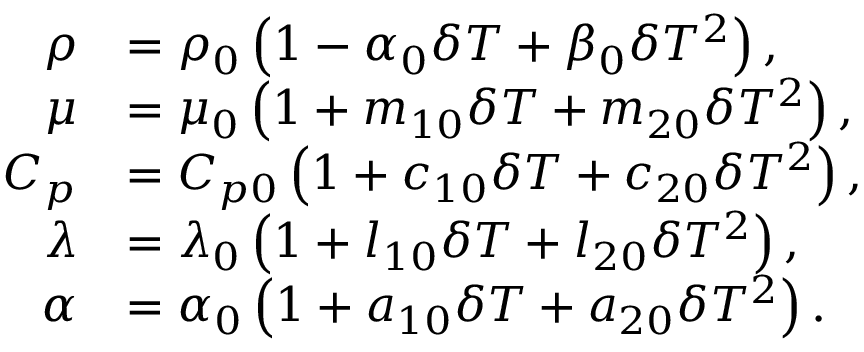
\begin{array} { r l } { \rho } & { = { { \rho } _ { 0 } } \left( 1 - { { \alpha } _ { 0 } } \delta T + { { \beta } _ { 0 } } \delta { { T } ^ { 2 } } \right) , } \\ { \mu } & { = { { \mu } _ { 0 } } \left( 1 + { { m } _ { 1 0 } } \delta T + { { m } _ { 2 0 } } \delta { { T } ^ { 2 } } \right) , } \\ { { { C } _ { p } } } & { = { { C } _ { p 0 } } \left( 1 + { { c } _ { 1 0 } } \delta T + { { c } _ { 2 0 } } \delta { { T } ^ { 2 } } \right) , } \\ { \lambda } & { = { { \lambda } _ { 0 } } \left( 1 + { { l } _ { 1 0 } } \delta T + { { l } _ { 2 0 } } \delta { { T } ^ { 2 } } \right) , } \\ { \alpha } & { = { { \alpha } _ { 0 } } \left( 1 + { { a } _ { 1 0 } } \delta T + { { a } _ { 2 0 } } \delta { { T } ^ { 2 } } \right) . } \end{array}